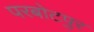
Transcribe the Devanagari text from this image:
परबोटपुर